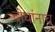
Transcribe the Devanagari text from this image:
दोघांनाच